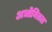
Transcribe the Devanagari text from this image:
अधोनितल